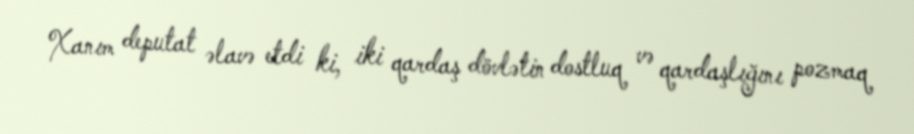
Xanım deputat əlavə etdi ki, iki qardaş dövlətin dostluq və qardaşlığını pozmaq